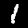
Digit: 1